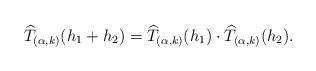
LaTeX: \begin{align*}\widehat{T}_{(\alpha, k)}(h_1 + h_2) = \widehat{T}_{(\alpha, k)}(h_1) \cdot \widehat{T}_{(\alpha, k)}(h_2).\end{align*}